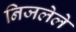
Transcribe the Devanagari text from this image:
निजलेले